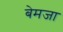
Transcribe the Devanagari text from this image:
बेमजा